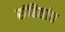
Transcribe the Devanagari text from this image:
संहितांत